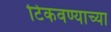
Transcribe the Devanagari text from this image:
टिकवण्याच्या